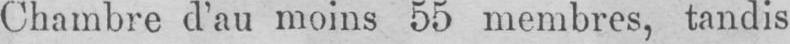
Chambre d’au moins 55 membres, tandis